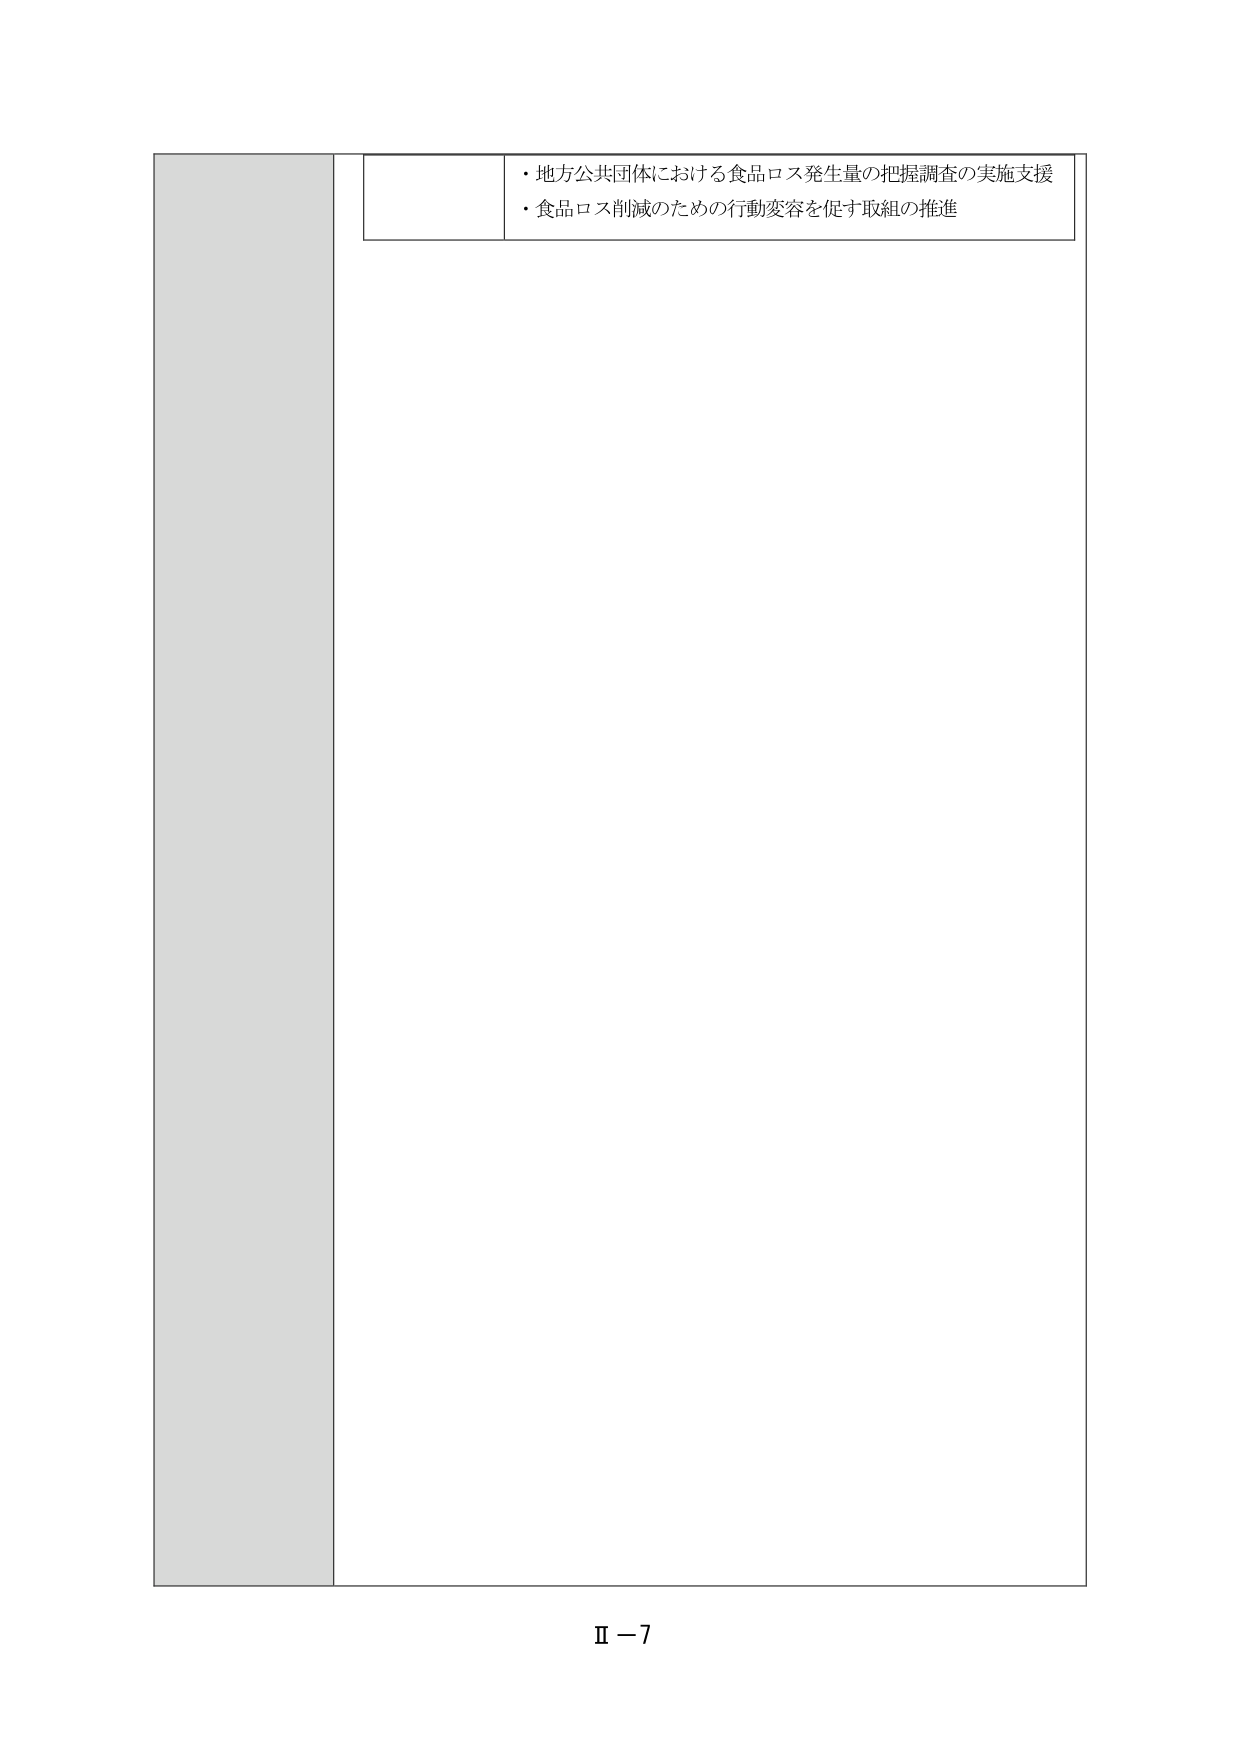
・地方公共団体における食品ロス発生量の把握調査の実施支援
・食品ロス削減のための行動変容を促す取組の推進

Ⅱ－7